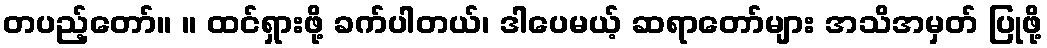
တပည့်တော်။ ။ ထင်ရှားဖို့ ခက်ပါတယ်၊ ဒါပေမယ့် ဆရာတော်များ အသိအမှတ် ပြုဖို့